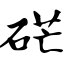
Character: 硭